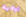
لولاية